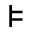
\models